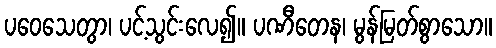
ပဝေသေတွာ၊ ပင့်သွင်းလေ၍။ ပဏီတေန၊ မွန်မြတ်စွာသော။